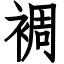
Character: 裯